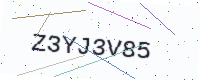
Text: Z3YJ3V85